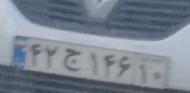
۴۲ج۱۴۶۱۰